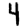
Digit: 4